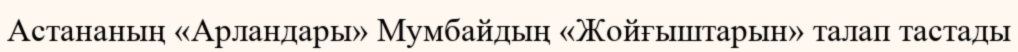
Астананың «Арландары» Мумбайдың «Жойғыштарын» талап тастады